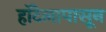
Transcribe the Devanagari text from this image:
हॉटेलापासून